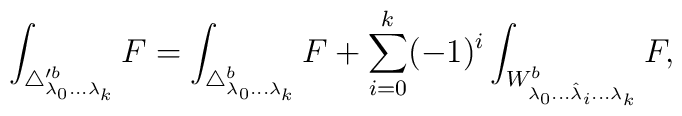
\int _{\triangle _{\lambda _0 ...\lambda _k}^{\prime b}}F=\int _{\triangle _{\lambda _0 ...\lambda _k}^b}F+\sum _{i=0}^k(-1)^i\int_{W_{\lambda _{0} ...\hat{\lambda }_i...\lambda _{k}}^b} F,